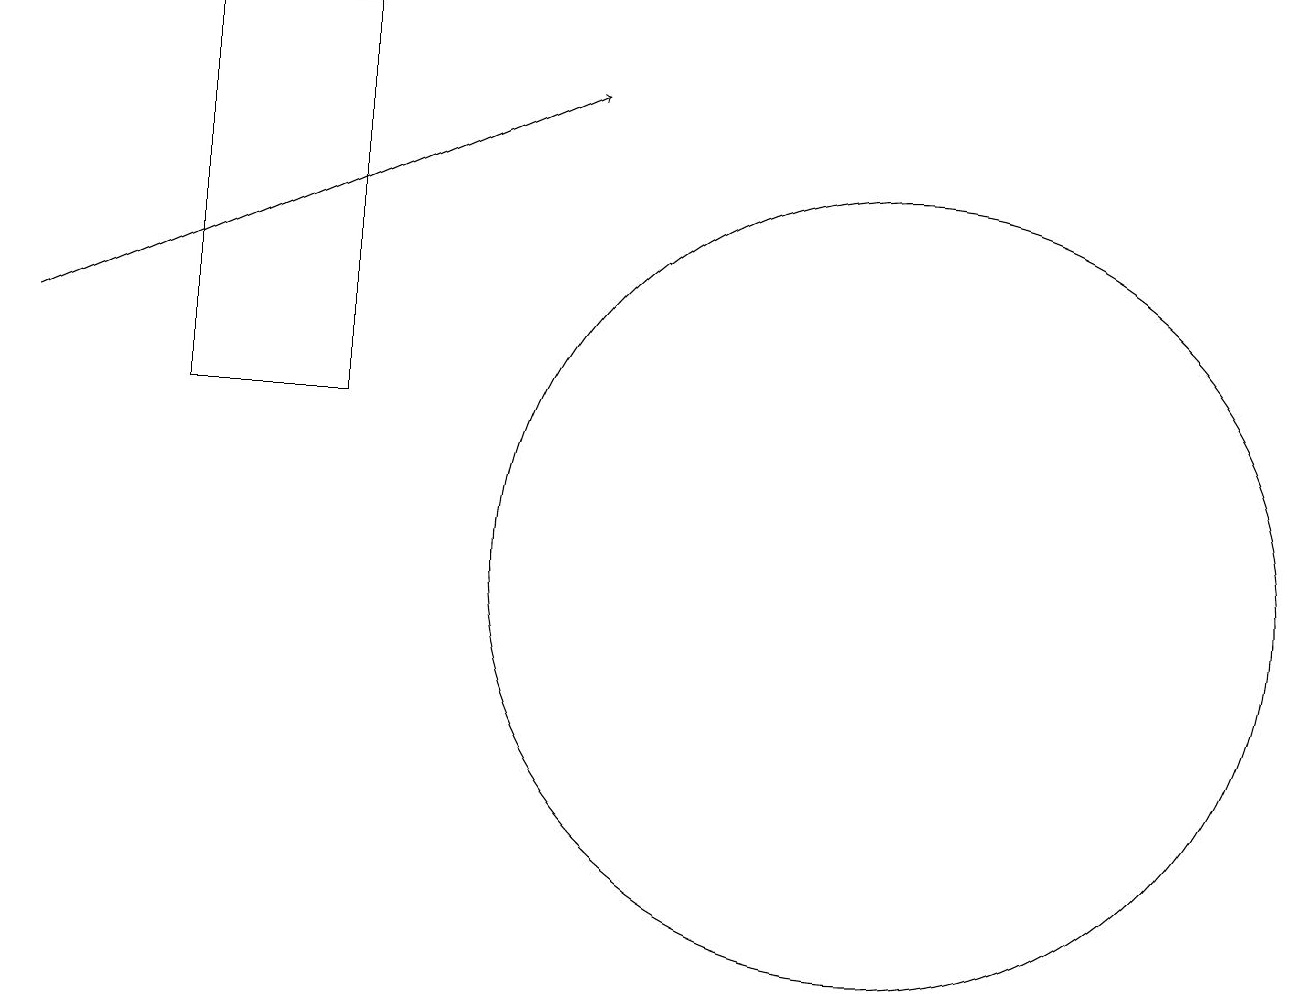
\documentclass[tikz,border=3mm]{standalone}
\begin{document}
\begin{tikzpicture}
\draw (2,12) rectangle (4,17);
\draw[->] (0,13) -- (7,16);
\draw (11,10) circle (5);
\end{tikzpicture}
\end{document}